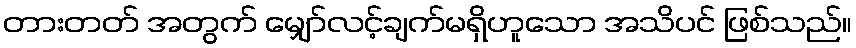
တားတတ် အတွက် မျှော်လင့်ချက်မရှိဟူသော အသိပင် ဖြစ်သည်။